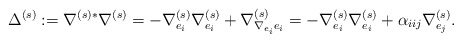
\begin{align*}\Delta ^{(s)}:= \nabla ^{(s)*} \nabla ^{(s)} = -\nabla ^{(s)}_{e_{i}}\nabla ^{(s)}_{e_{i}}+\nabla ^{(s)}_{\nabla _{e_{i}}e_{i}} =-\nabla ^{(s)}_{e_{i}}\nabla ^{(s)}_{e_{i}}+\alpha _{iij}\nabla ^{(s)}_{e_{j}}.\end{align*}